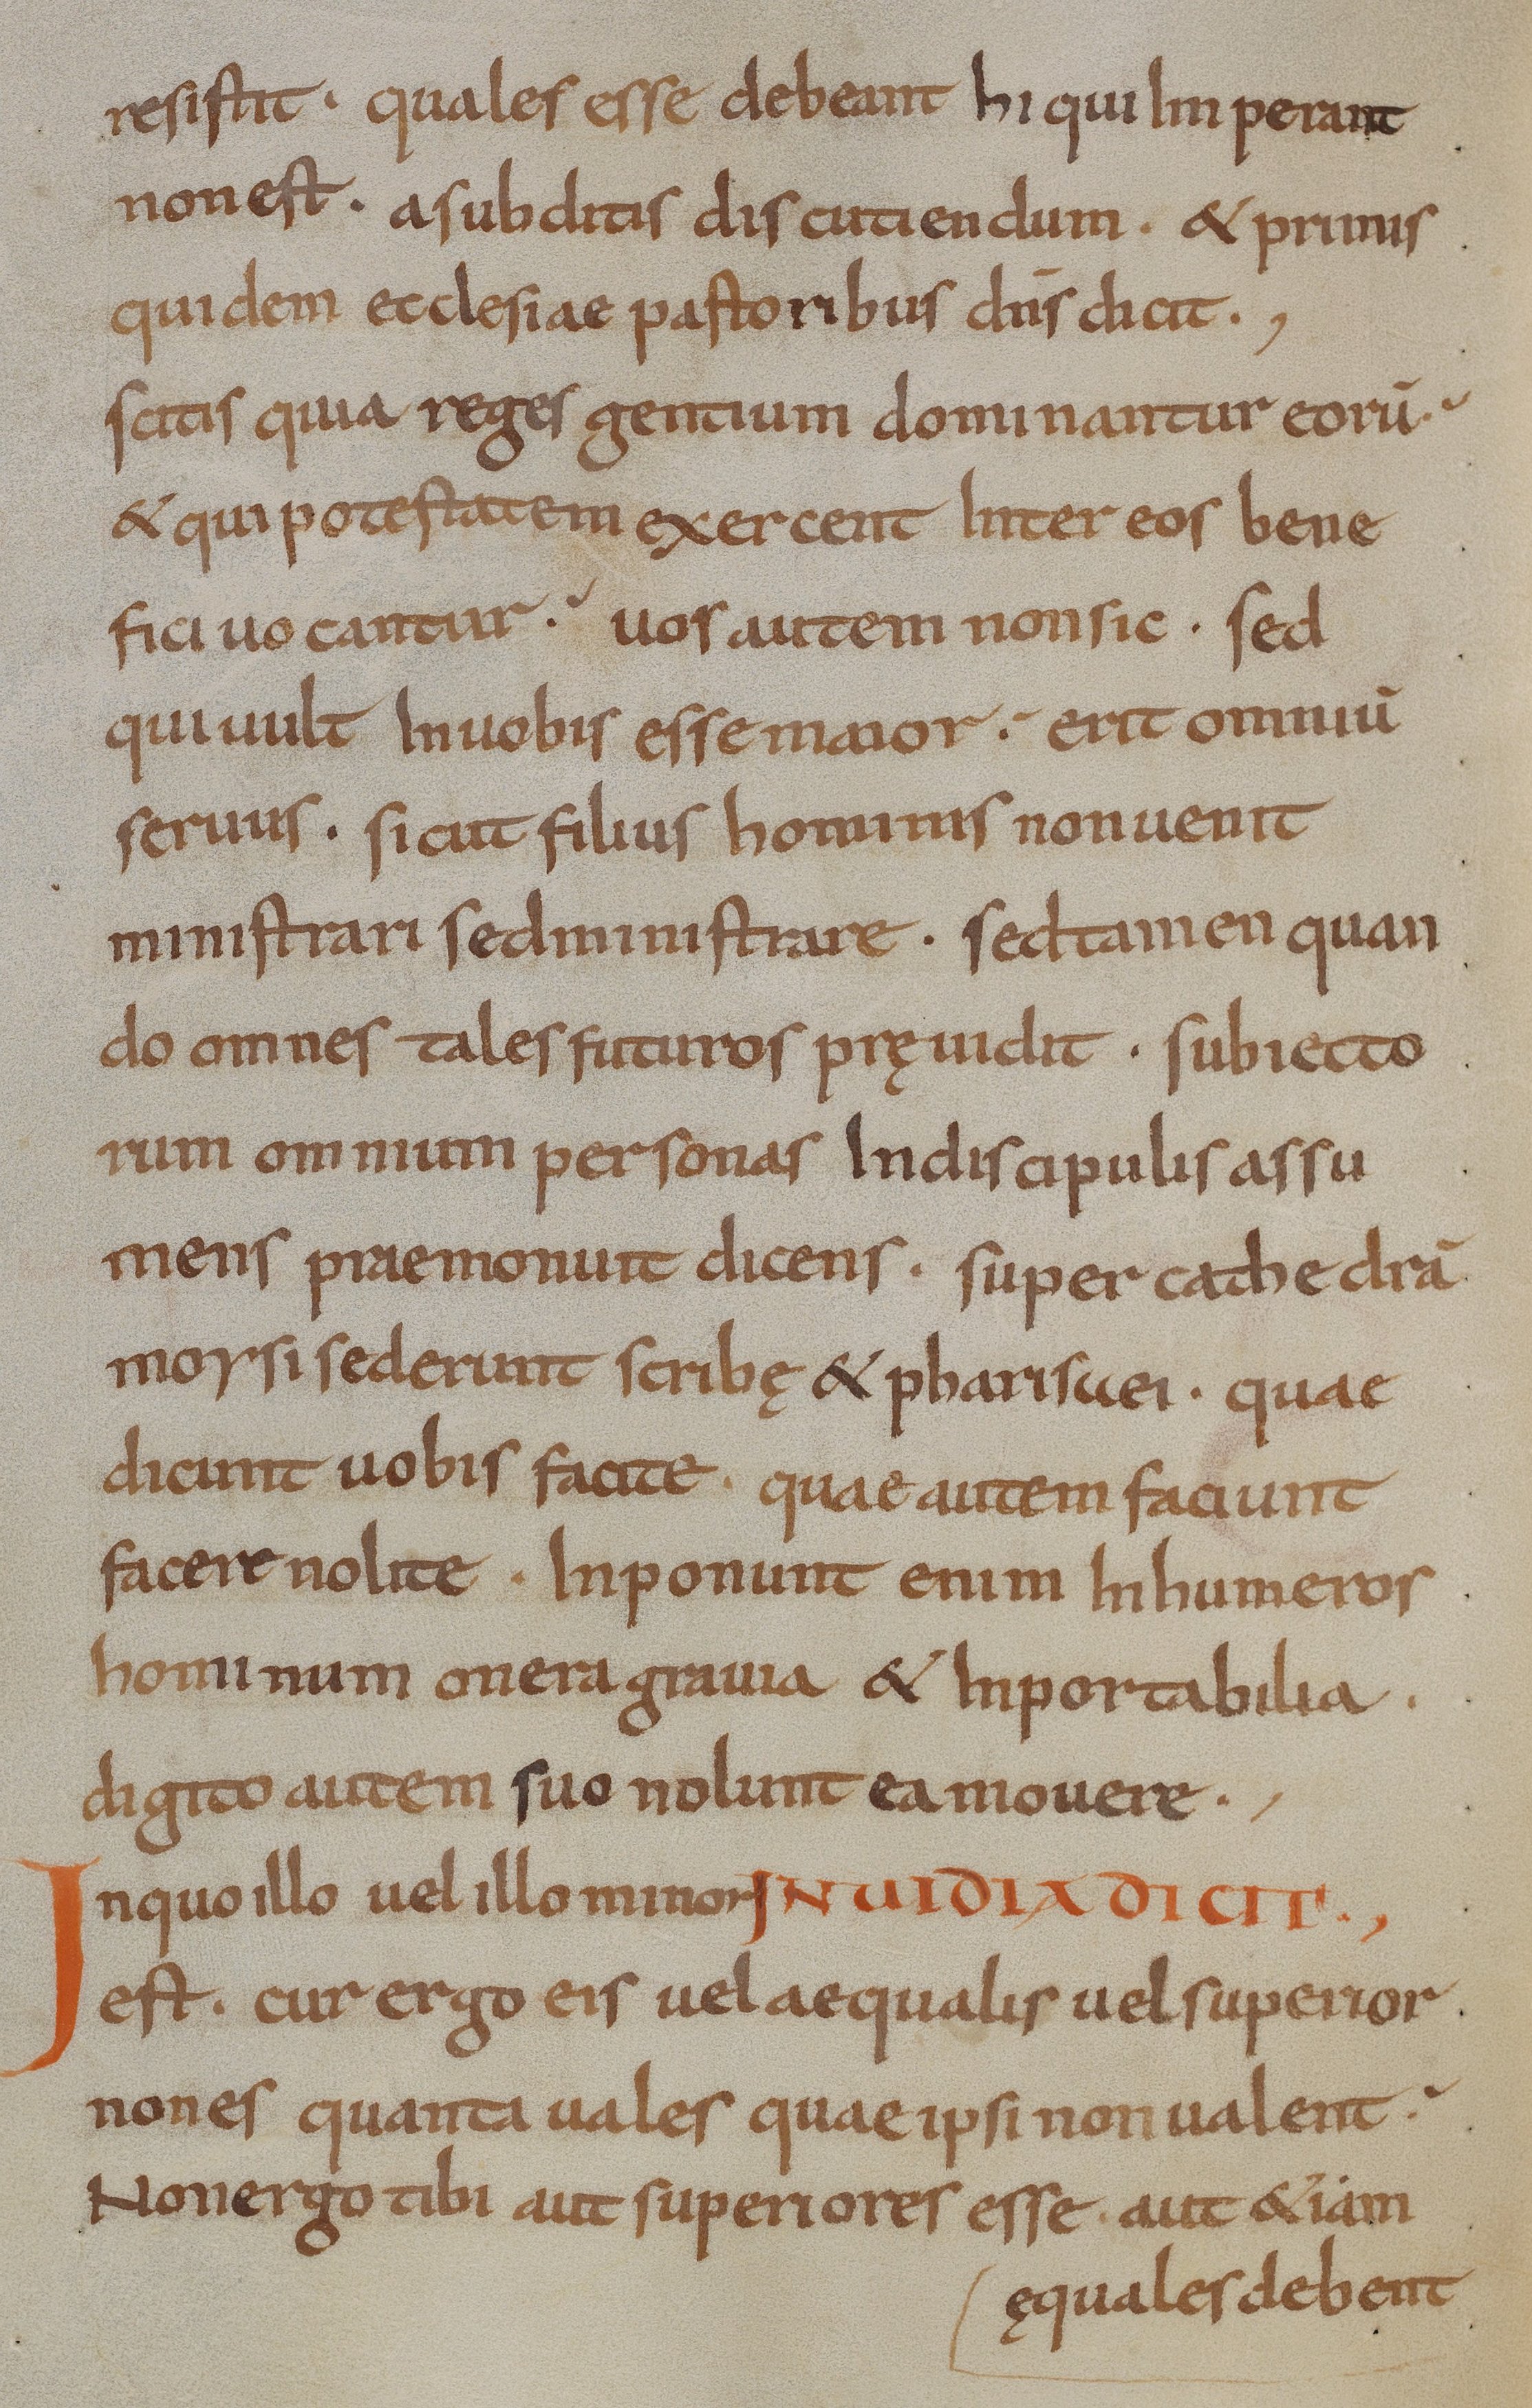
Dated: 800–824